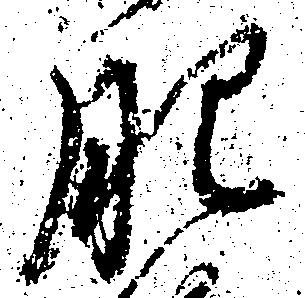
肥